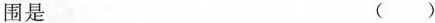
围是（）